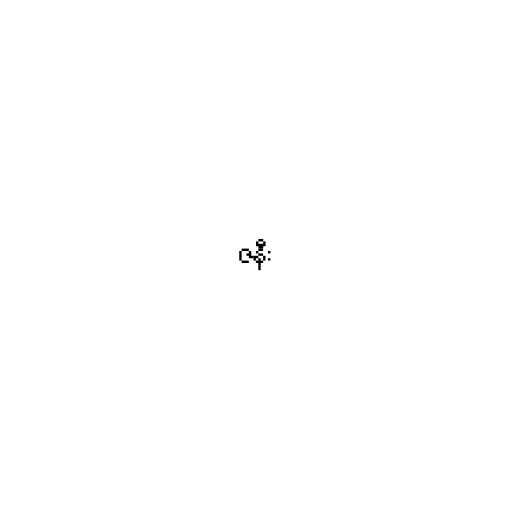
ဇနီး